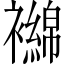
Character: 𬡴